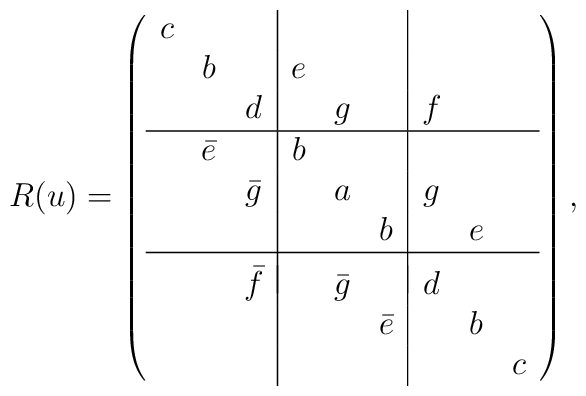
R(u)=\left(\begin{array}{ccc|ccc|ccc}    c & & & & & & & & \\    & b & & e & & & & &\\    & & d & & g &  & f & &\\ \hline    & \bar{e} & & b & & & & &\\    & & \bar{g}& & a & & g & &\\    & & & & & b & & e &\\ \hline    & & & & & & & &\\[-10pt]    & & \bar{f} & & \bar{g} & & d & &\\    & & & & & \bar{e} & & b &\\    & & & & & & & & c \end{array} \right),